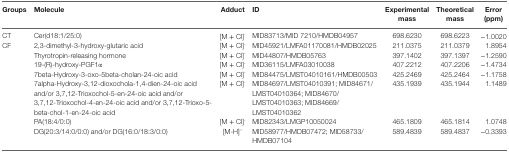
| Groups | Molecule | Adduct | ID | Experimental mass | Theoretical mass | Error (ppm) |
 | --- | --- | --- | --- | --- | --- | --- |
 | CT | Cer(d18:1/25:0) | [M + Cl]- | MID83713/MID 7210/HMDB04957 | 698.6230 | 698.6223 | −1.0020 |
 | <ROWSPAN=7> CF | 2,3-dimethyl-3-hydroxy-glutaric acid | [M + Cl]- | MID45921/LMFA01170081/HMDB02025 | 211.0375 | 211.0379 | 1.8954 |
 | Thyrotropin-releasing hormone | [M + Cl]- | MID44807/HMDB05763 | 397.1402 | 397.1397 | −1.2590 |
 | 19-(R)-hydroxy-PGF1α | [M + Cl]- | MID36115/LMFA03010038 | 407.2212 | 407.2206 | −1.4734 |
 | 7beta-Hydroxy-3-oxo-5beta-cholan-24-oic acid | [M + Cl]- | MID84475/LMST04010161/HMDB00503 | 425.2469 | 425.2464 | −1.1758 |
 | 7alpha-Hydroxy-3,12-dioxochola-1,4-dien-24-oic acid and/or 3,7,12-Trioxochol-5-en-24-oic acid and/or 3,7,12-Trioxochol-4-en-24-oic acid and/or 3,7,12-Trioxo-5-beta-chol-1-en-24-oic acid | [M + Cl]- | MID84697/LMST04010391; MID84671/LMST04010364; MID84670/LMST04010363; MID84669/LMST04010362 | 435.1939 | 435.1944 | 1.1489 |
 | PA(18:4/0:0) | [M + Cl]- | MID82343/LMGP10050024 | 465.1809 | 465.1814 | 1.0748 |
 | DG(20:3/14:0/0:0) and/or DG(16:0/18:3/0:0) | [M-H]− | MID58977/HMDB07472; MID58733/HMDB07104 | 589.4839 | 589.4837 | −0.3393 |